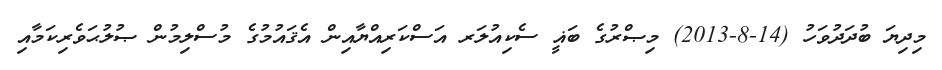
މިދިޔަ ބުދަދުވަހު (14-8-2013) މިޞްރުގެ ބަޣީ ސެކިއުލަރ އަސްކަރިއްޔާއިން އެޤައުމުގެ މުސްލިމުން ޞުލުޙަވެރިކަމާއި